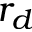
r _ { d }